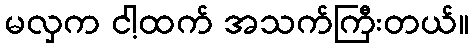
မလှက ငါ့ထက် အသက်ကြီးတယ်။